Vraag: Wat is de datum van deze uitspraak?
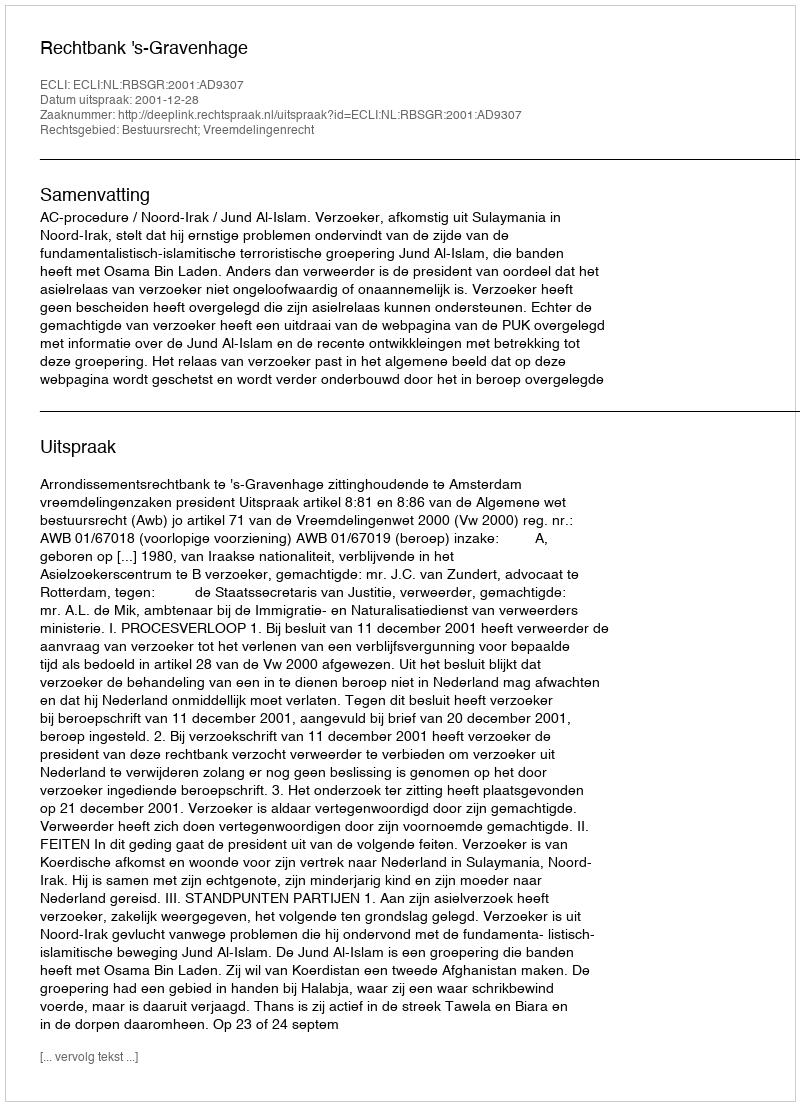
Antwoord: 2001-12-28